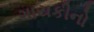
ગાયકીનો